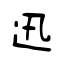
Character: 迅